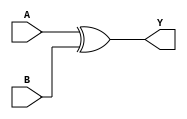
module xorGate(
    input A,
    input B,
    output Y
);

assign Y = A ^ B;

endmodule